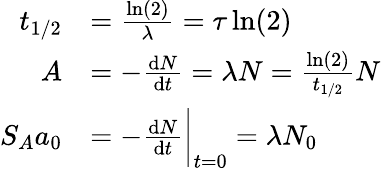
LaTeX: {\begin{array}{rl}{t_{1/2}}&{={\frac{\ln(2)}{\lambda}}=\tau\ln(2)}\\ {A}&{=-{\frac{\mathrm{d}N}{\mathrm{d}t}}=\lambda N={\frac{\ln(2)}{t_{1/2}}}N}\\ {S_{A}a_{0}}&{=-{\frac{\mathrm{d}N}{\mathrm{d}t}}{\bigg|}_{t=0}=\lambda N_{0}}\end{array}}